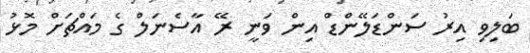
ބަލިވި އިރު ސަންޑަލޭންޑް އިން ވަނީ ރޭ އާސެނަލް ގެ މައްޗަށް މޮޅު